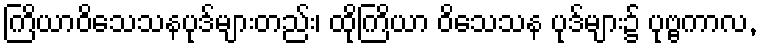
ကြိယာဝိသေသနပုဒ်များတည်း၊ ထိုကြိယာ ဝိသေသန ပုဒ်များ၌ ပုဗ္ဗကာလ,